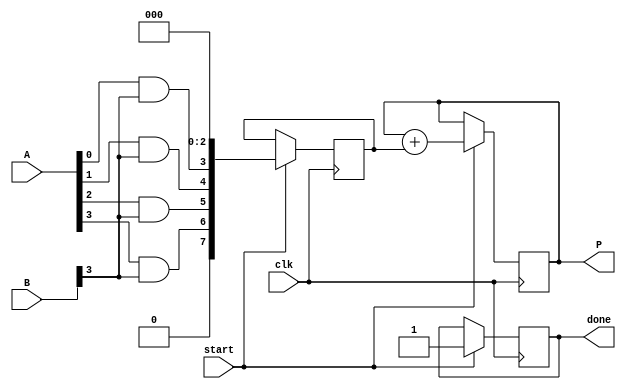
module array_multiplier #(parameter N = 4) (
    input  [N-1:0] A,       // N-bit input A
    input  [N-1:0] B,       // N-bit input B
    input  start,           // Control signal to initiate multiplication
    input  clk,             // Clock signal
    output reg [2*N-1:0] P, // 2N-bit output product
    output reg done         // Indicate multiplication is done
);

// Partial products array
wire [N-1:0] pp [0:N-1]; // Partial products

// Generate partial products using AND gates
genvar i, j;
generate
    for (i = 0; i < N; i = i + 1) begin : pp_gen
        for (j = 0; j < N; j = j + 1) begin : and_gen
            assign pp[i][j] = A[j] & B[i];
        end
    end
endgenerate

// Adder tree to sum the partial products
reg [2*N-1:0] sum [0:N-1];
integer k;

always @(posedge clk) begin
    if (start) begin
        // Initialize the sum
        for (k = 0; k < N; k = k + 1) begin
            sum[k] <= {N{1'b0}}; // Clear the sum
        end
        P <= 0;
        done <= 0;
        
        // Compute partial products
        for (k = 0; k < N; k = k + 1) begin
            sum[k] <= pp[k] << k; // Shift each partial product
        end

        // Sum the partial products
        P <= sum[0];
        for (k = 1; k < N; k = k + 1) begin
            P <= P + sum[k]; // Accumulate the partial products
        end
        
        done <= 1; // Indicate multiplication is done
    end
end

endmodule